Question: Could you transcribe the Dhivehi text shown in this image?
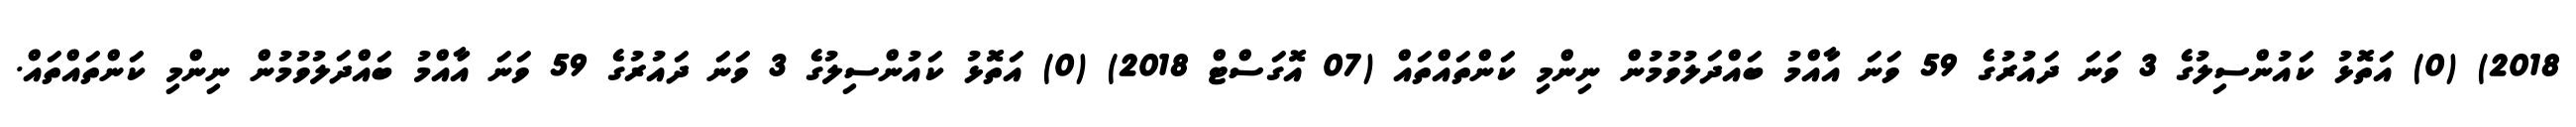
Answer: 2018) (0) އަތޮޅު ކައުންސިލުގެ 3 ވަނަ ދައުރުގެ 59 ވަނަ އާއްމު ބައްދަލުވުމުން ނިންމި ކަންތައްތައް (07 އޮގަސްޓް 2018) (0) އަތޮޅު ކައުންސިލުގެ 3 ވަނަ ދައުރުގެ 59 ވަނަ އާއްމު ބައްދަލުވުމުން ނިންމި ކަންތައްތައް.